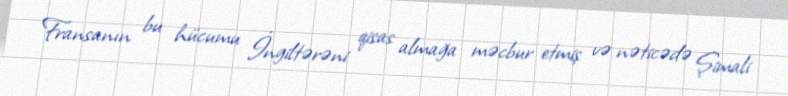
Fransanın bu hücumu İngiltərəni qisas almağa məcbur etmiş və nəticədə Şimali